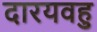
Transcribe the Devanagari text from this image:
दारयवहु